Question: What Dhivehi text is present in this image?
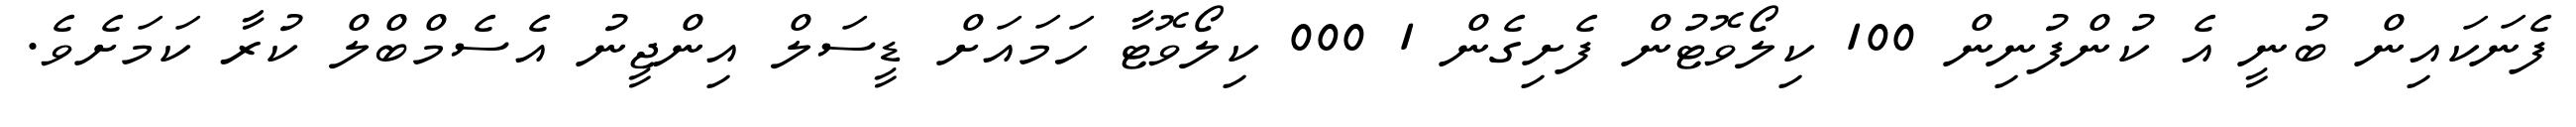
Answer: ފެނަކައިން ބުނީ އެ ކުންފުނިން 100 ކިލޯވޮޓުން ފެށިގެން 1 000 ކިލޯވޮޓާ ހަމައަށް ޑީސަލް އިންޖީނު އެސެމްބްލް ކުރާ ކަމަށެވެ.